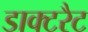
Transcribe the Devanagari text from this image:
डाक्टरैट